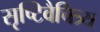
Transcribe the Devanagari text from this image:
सृष्टिवैचित्र्य